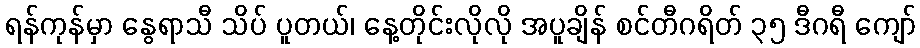
ရန်ကုန်မှာ နွေရာသီ သိပ် ပူတယ်၊ နေ့တိုင်းလိုလို အပူချိန် စင်တီဂရိတ် ၃၅ ဒီဂရီ ကျော်